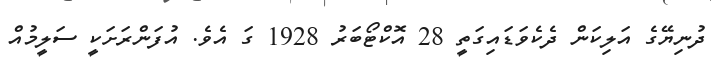
ދުނިޔޭގެ އަލިކަން ދެކެވަޑައިގަތީ 28 އޮކްޓޯބަރު 1928 ގަ އެވެ. އުފަންރަށަކީ ސަލީމުއް